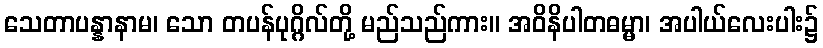
သေတာပန္နာနာမ၊ သော တပန်ပုဂ္ဂိလ်တို့ မည်သည်ကား။ အဝိနိပါတဓမ္မာ၊ အပါယ်လေးပါး၌